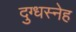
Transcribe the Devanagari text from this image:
दुग्धस्नेह